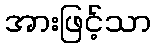
အားဖြင့်သာ